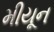
મીયૂન